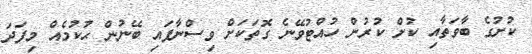
ކުށުގެ ބާވަތާއި ކުށް ކުރުން ހުއްޓުވޭނެ ގޮތަކަށް ވިސްނާފައި ބޭނުން ޙުކުމެއް މިފަދަ